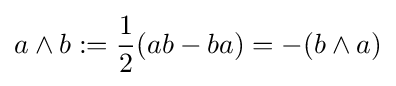
a\wedge b:={\frac {1}{2}}(ab-ba)=-(b\wedge a)